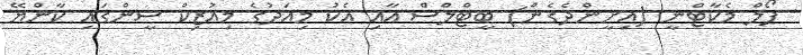
ޕޯލް މެކާޓްނީ (އިށީންދެގެން) ބީޓްލްސް އާއި އެކު މިއަދުގެ މިއުޒިކް ސީންގައި ކާންޔޭ